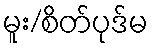
မူး/စိတ်ပုဒ်မ